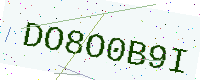
Text: DO8O0B9I